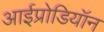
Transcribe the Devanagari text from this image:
आईप्रोडियॉन